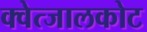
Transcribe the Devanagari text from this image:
क्वेत्जालकोट